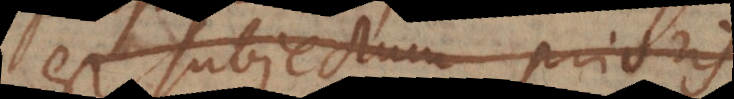
est subjectum prioris,